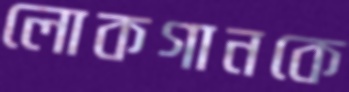
লোকগানকে